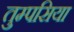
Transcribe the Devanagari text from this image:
तुम्पसिया